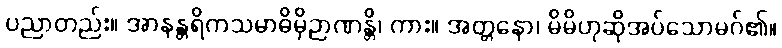
ပညာတည်း။ အာနန္တရိကသမာဓိမှိဉာဏန္တိ၊ ကား။ အတ္တနော၊ မိမိဟုဆိုအပ်သောမဂ်၏။